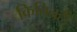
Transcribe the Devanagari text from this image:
किचितही